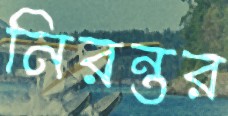
নিরন্তর